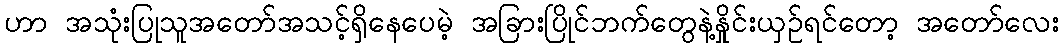
ဟာ အသုံးပြုသူအတော်အသင့်ရှိနေပေမဲ့ အခြားပြိုင်ဘက်တွေနဲ့နှိုင်းယှဉ်ရင်တော့ အတော်လေး